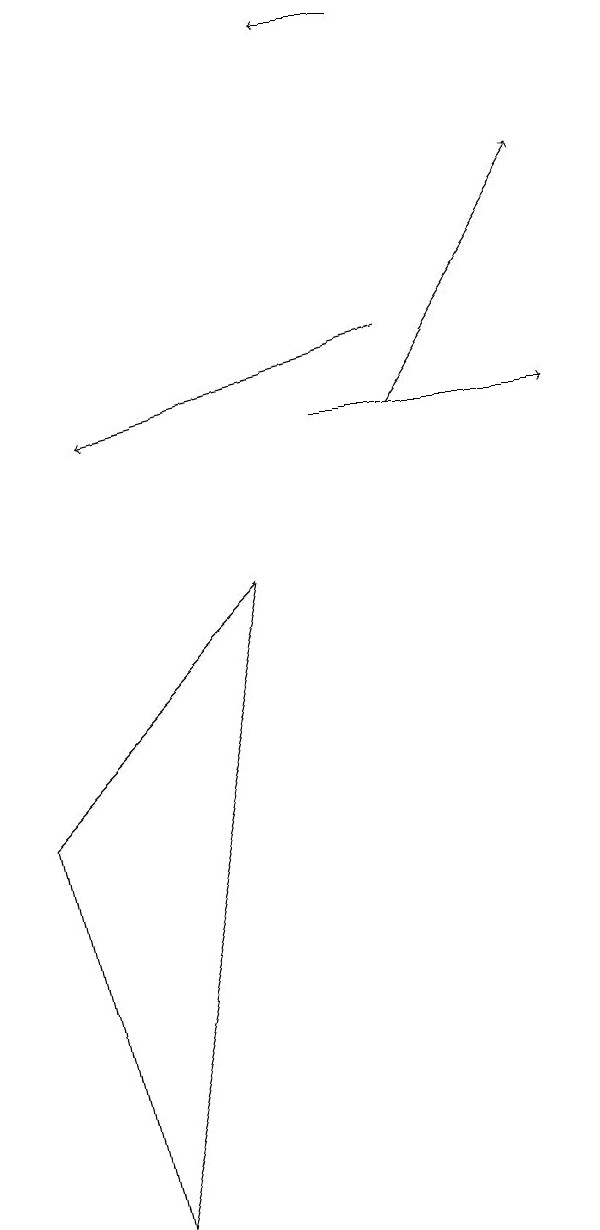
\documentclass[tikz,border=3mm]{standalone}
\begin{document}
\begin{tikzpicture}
\draw (1,0) -- (0,5) -- (3,8) -- cycle;
\draw[->] (5,10) -- (7,13);
\draw[->] (5,15) -- (4,15);
\draw[->] (5,11) -- (1,10);
\draw[->] (4,10) -- (7,10);
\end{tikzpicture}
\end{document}